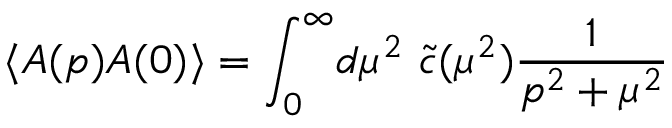
\langle A ( p ) A ( 0 ) \rangle = \int _ { 0 } ^ { \infty } \! d \mu ^ { 2 } \ \tilde { c } ( \mu ^ { 2 } ) \frac { 1 } { p ^ { 2 } + \mu ^ { 2 } } \nonumber